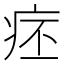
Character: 𤵛